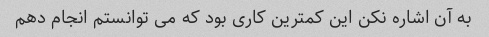
به آن اشاره نکن این کمترین کاری بود که می توانستم انجام دهم